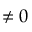
\neq 0